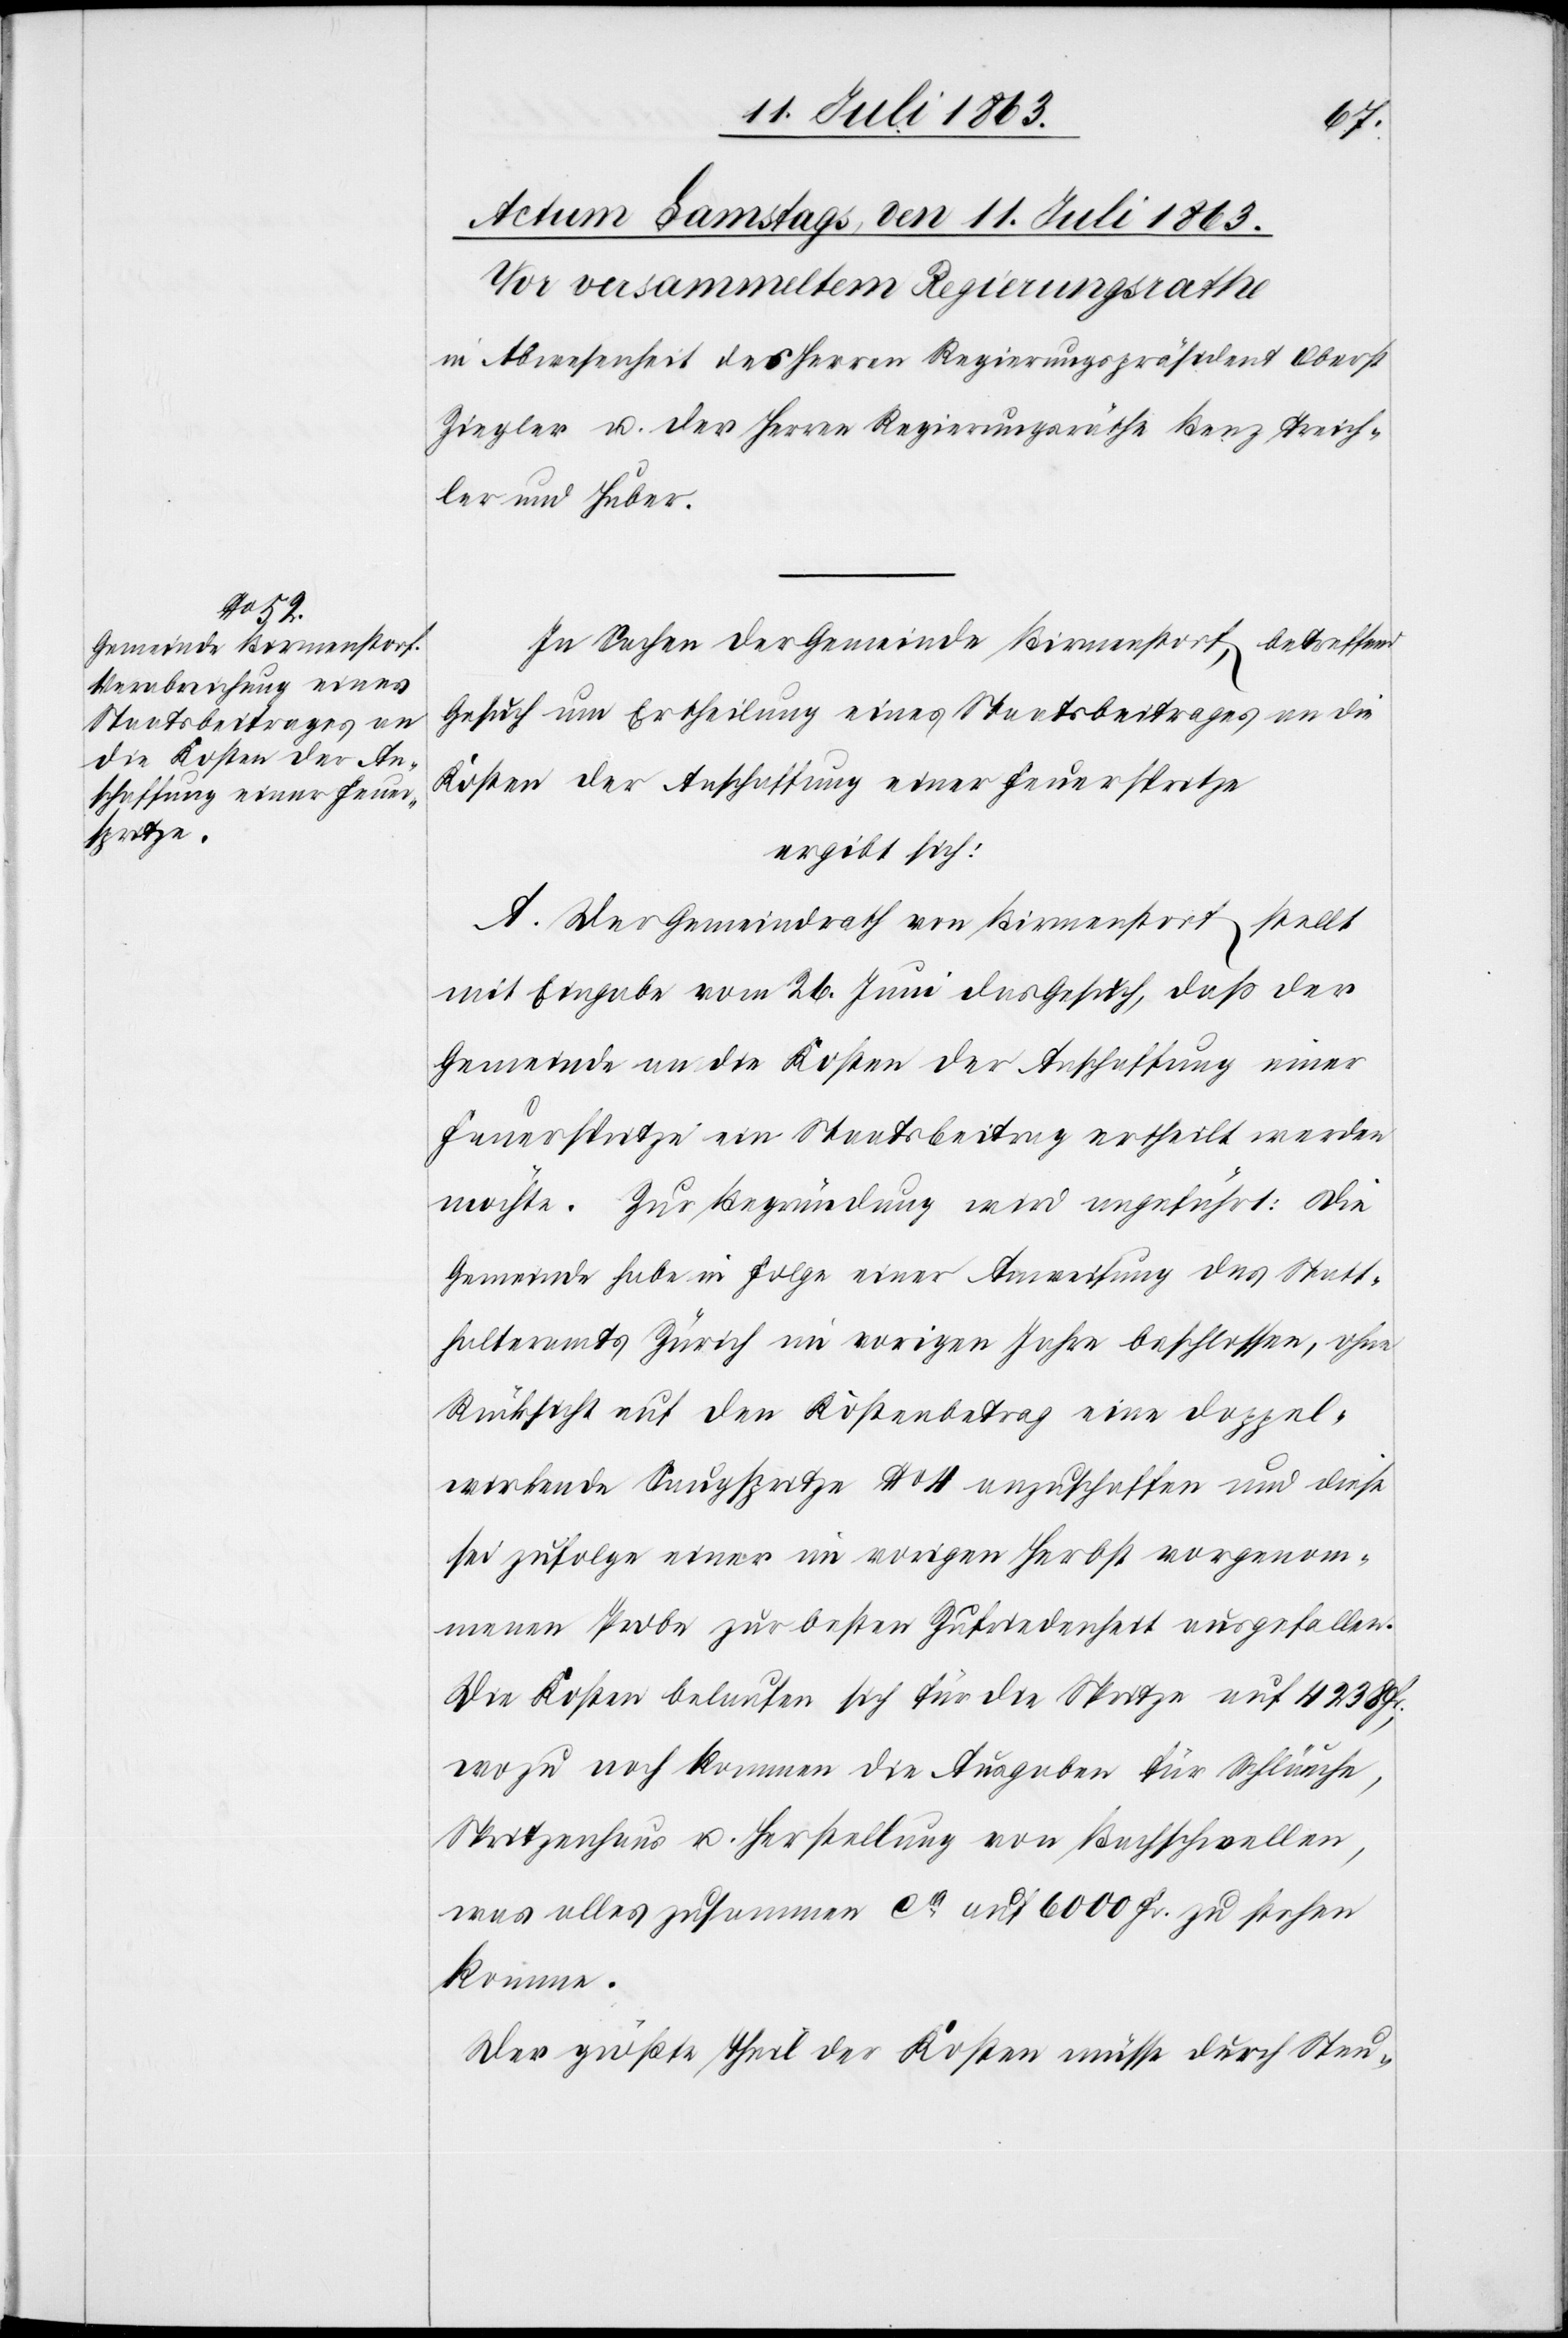
In Sachen der Gemeinde Birmenstorf, betreffend
Gesuch um Ertheilung eines Staatsbeitrages an die
Kosten der Anschaffung einer Feuerspritze
ergibt sich:
A. Der Gemeindrath von Birmenstorf stellt
mit Eingabe vom 26. Juni das Gesuch, daß der
Gemeinde an die Kosten der Anschaffung einer
Feuerspritze ein Staatsbeitrag ertheilt werden
möchte. Zur Begründung wird angeführt: Die
Gemeinde habe in Folge einer Anweisung des Statt¬
halteramtes Zürich im vorigen Jahre beschlossen, ohne
Rücksicht auf den Kostenbetrag eine Doppel¬
wirkende Saugspritze No 4 anzuschaffen und diese
sei zufolge einer im vorigen Herbst vorgenom¬
menen Probe zur besten Zufriedenheit ausgefallen.
Die Kosten belaufen sich für die Spritze auf 4238 Fr.,
wozu noch kommen die Ausgaben für Schläuche,
Spritzenhaus u. Herstellung von Bachschwellen,
was alles zusammen ca auf 6000 Fr. zu stehen
komme.
Der größte Theil der Kosten müsse durch Steu-